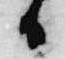
日